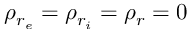
\rho _ { r _ { e } } = \rho _ { r _ { i } } = \rho _ { r } = 0